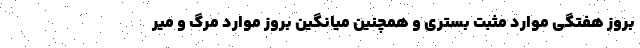
بروز هفتگی موارد مثبت بستری و همچنین میانگین بروز موارد مرگ و میر